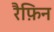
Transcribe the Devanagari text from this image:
रैफ़िन